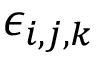
\epsilon _ { i , j , k }